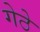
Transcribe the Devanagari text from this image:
गेठे